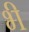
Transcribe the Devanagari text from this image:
भ्‍ी